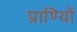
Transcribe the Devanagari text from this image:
प्राण्यिों